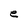
Character: e